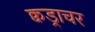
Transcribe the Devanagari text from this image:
क्वड्राचर